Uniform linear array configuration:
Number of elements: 24
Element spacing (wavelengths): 1
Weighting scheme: binomial
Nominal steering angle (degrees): -30
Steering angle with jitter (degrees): -29.845
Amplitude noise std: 0.05
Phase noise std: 0.05

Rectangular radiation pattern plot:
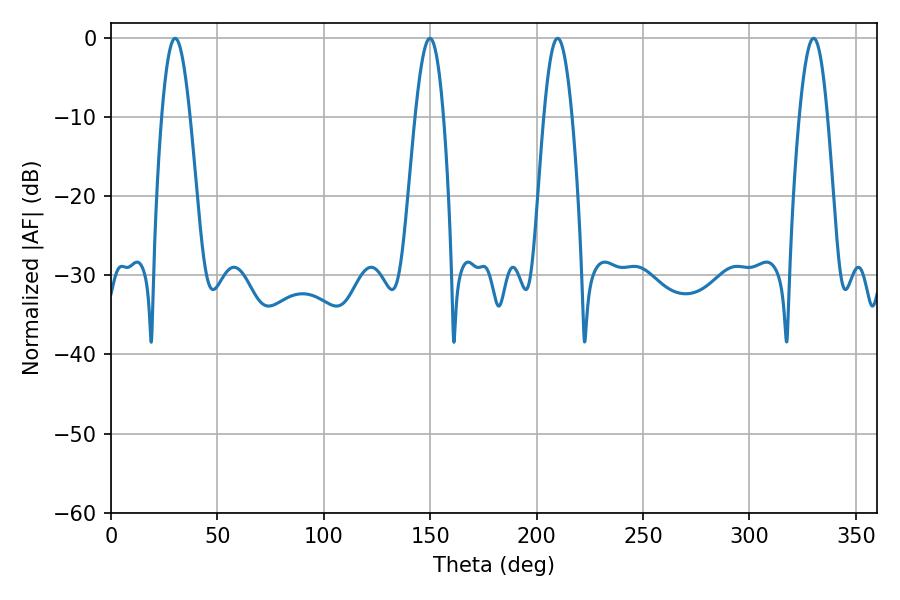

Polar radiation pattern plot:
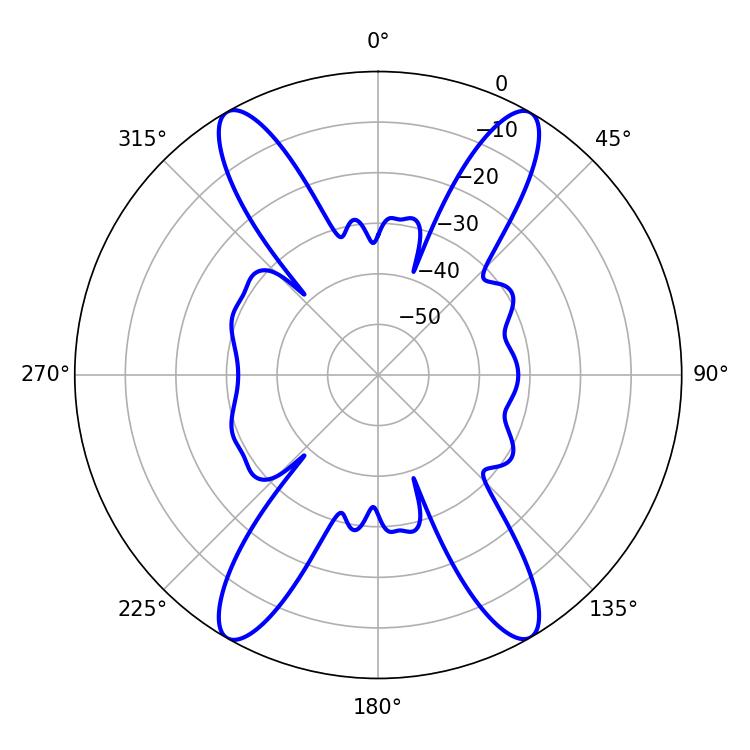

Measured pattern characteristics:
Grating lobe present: TRUE
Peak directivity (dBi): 30.007
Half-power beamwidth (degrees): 7.2
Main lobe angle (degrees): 330.12